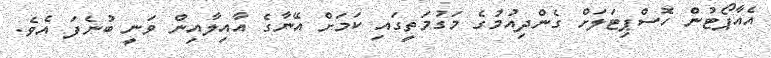
އެއާޕޯޓުން ހޮސްޕިޓަލަށް ގެންދިއުމުގެ މަގުމަތީގައި ކަމަށް އޭނާގެ އާއިލާއިން ވަނީ ބުނެފަ އެވެ.